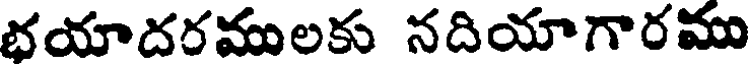
భయాదరములకు నదియాగారము